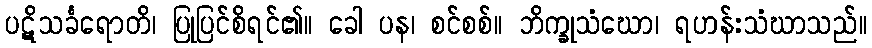
ပဋိသင်္ခရောတိ၊ ပြုပြင်စိရင်၏။ ခေါ ပန၊ စင်စစ်။ ဘိက္ခုသံဃော၊ ရဟန်းသံဃာသည်။